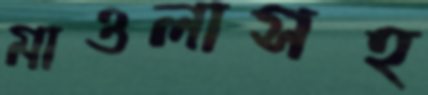
মাওলাসহ